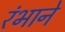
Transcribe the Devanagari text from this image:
रंभाने